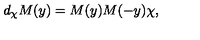
d _ { \chi } M ( y ) = M ( y ) M ( - y ) \chi ,